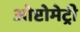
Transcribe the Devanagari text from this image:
ओप्टोमेट्री